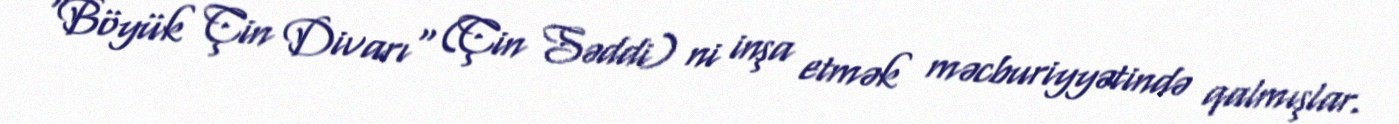
"Böyük Çin Divarı" (Çin Səddi) ni inşa etmək məcburiyyətində qalmışlar.